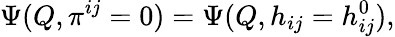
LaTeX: \Psi(Q,\pi^{ij}=0)=\Psi(Q,h_{ij}=h_{ij}^{0}),